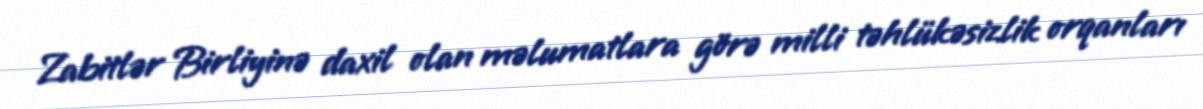
Zabitlər Birliyinə daxil olan məlumatlara görə milli təhlükəsizlik orqanları